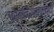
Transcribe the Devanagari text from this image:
धर्मनिरपेक्षतावादी